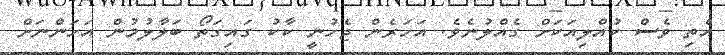
އެތި ވެސް ކުއްލިއަކަށް ގެއްލުނެވެ. އަހަރެން ޖެހުނީ ކާކު ގައިގަތޯ ބަލާލުމުން އަހަންނަށް